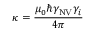
\kappa = \frac { \mu _ { 0 } \hbar \gamma _ { \mathrm { N V } } \gamma _ { i } } { 4 \pi }